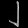
Digit: ၂